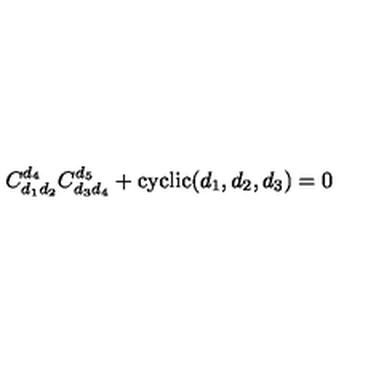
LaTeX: C _ { d _ { 1 } d _ { 2 } } ^ { d _ { 4 } } C _ { d _ { 3 } d _ { 4 } } ^ { d _ { 5 } } + \mathrm { c y c l i c } ( d _ { 1 } , d _ { 2 } , d _ { 3 } ) = 0